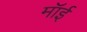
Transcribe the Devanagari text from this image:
मॉई